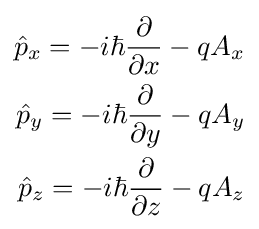
{\begin{aligned}{\hat {p}}_{x}=-i\hbar {\frac {\partial }{\partial x}}-qA_{x}\\{\hat {p}}_{y}=-i\hbar {\frac {\partial }{\partial y}}-qA_{y}\\{\hat {p}}_{z}=-i\hbar {\frac {\partial }{\partial z}}-qA_{z}\end{aligned}}